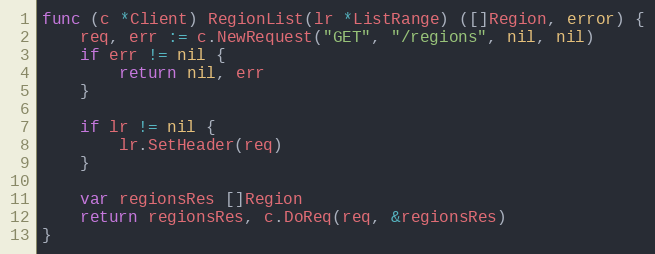
Language: Go
func (c *Client) RegionList(lr *ListRange) ([]Region, error) {
	req, err := c.NewRequest("GET", "/regions", nil, nil)
	if err != nil {
		return nil, err
	}

	if lr != nil {
		lr.SetHeader(req)
	}

	var regionsRes []Region
	return regionsRes, c.DoReq(req, &regionsRes)
}